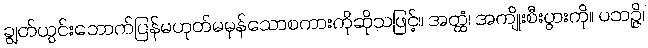
ချွတ်ယွင်းဘောက်ပြန်မဟုတ်မမှန်သောစကားကိုဆိုသဖြင့်။ အတ္ထံ၊ အကျိုးစီးပွားကို။ ပဘဉ္ဇိ၊